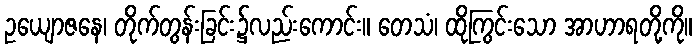
ဥယျောဇနေ၊ တိုက်တွန်းခြင်း၌လည်းကောင်း။ တေသံ၊ ထိုကြွင်းသော အာဟာရတို့ကို။